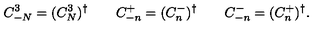
C _ { - N } ^ { 3 } = ( C _ { N } ^ { 3 } ) ^ { \dagger } \qquad C _ { - n } ^ { + } = ( C _ { n } ^ { - } ) ^ { \dagger } \qquad C _ { - n } ^ { - } = ( C _ { n } ^ { + } ) ^ { \dagger } .